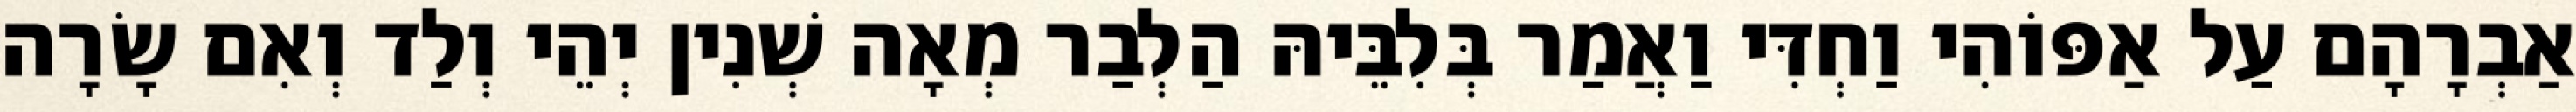
אַבְרָהָם עַל אַפּוֹהִי וַחְדִּי וַאֲמַר בְּלִבֵּיהּ הַלְבַר מְאָה שְׁנִין יְהֵי וְלַד וְאִם שָׂרָה